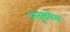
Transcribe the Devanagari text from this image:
अनुसयेस